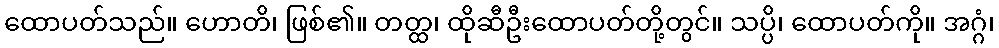
ထောပတ်သည်။ ဟောတိ၊ ဖြစ်၏။ တတ္ထ၊ ထိုဆီဦးထောပတ်တို့တွင်။ သပ္ပိ၊ ထောပတ်ကို။ အဂ္ဂံ၊